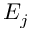
E _ { j }